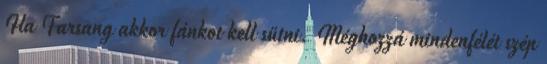
Ha Farsang akkor fánkot kell sütni. Méghozzá mindenfélét szép